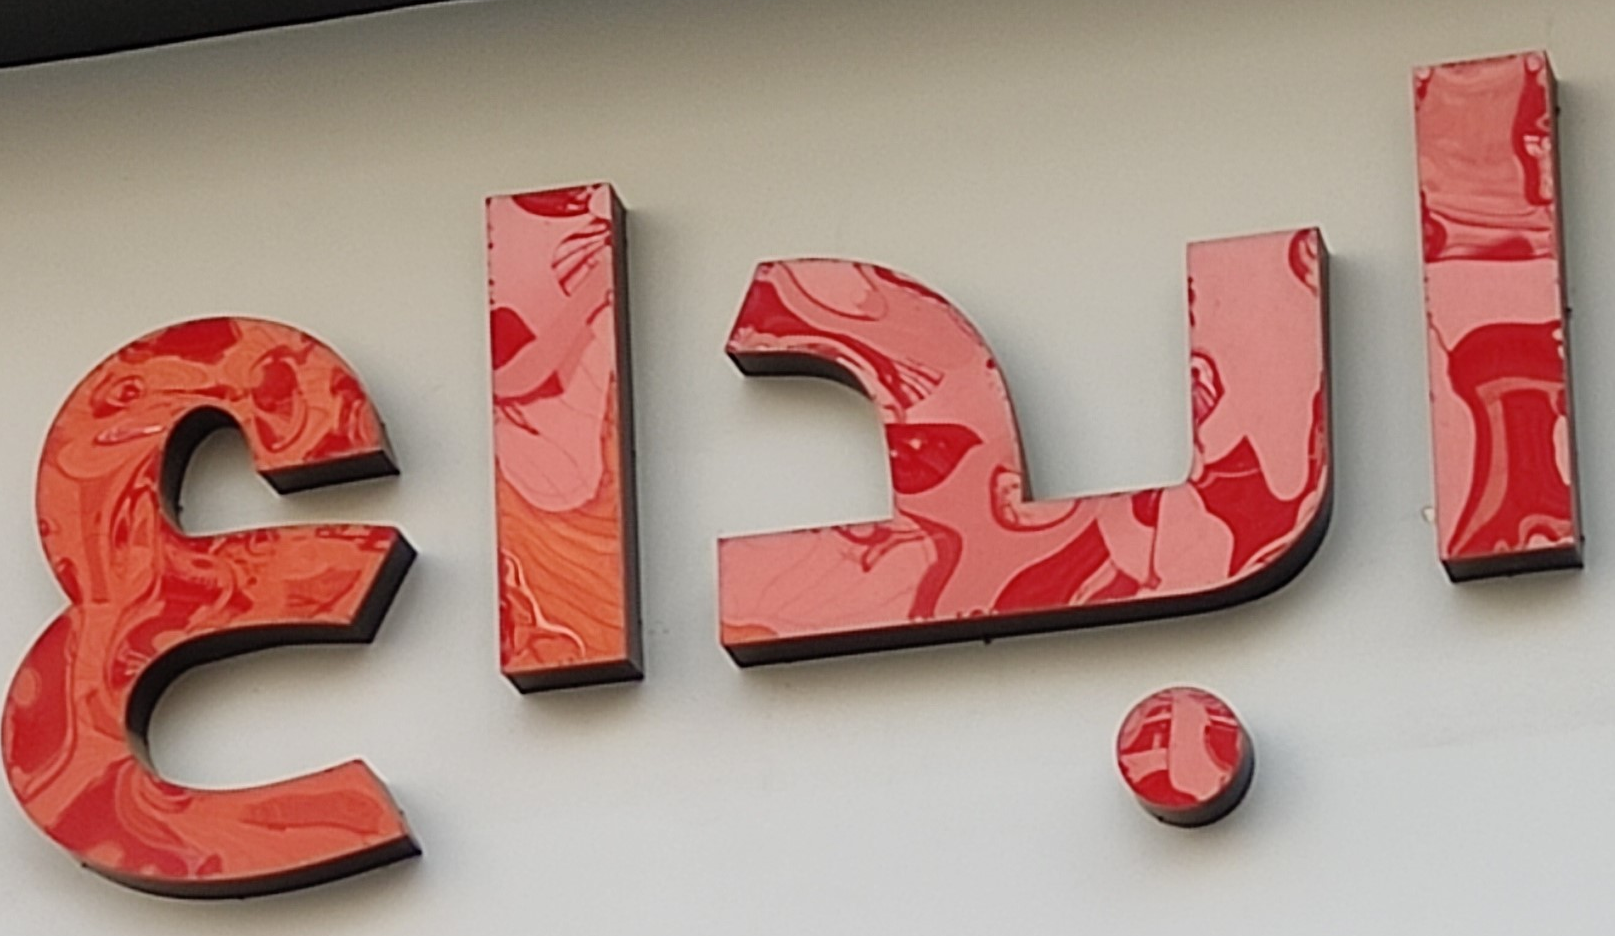
ابداع